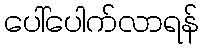
ပေါ်ပေါက်လာရန်